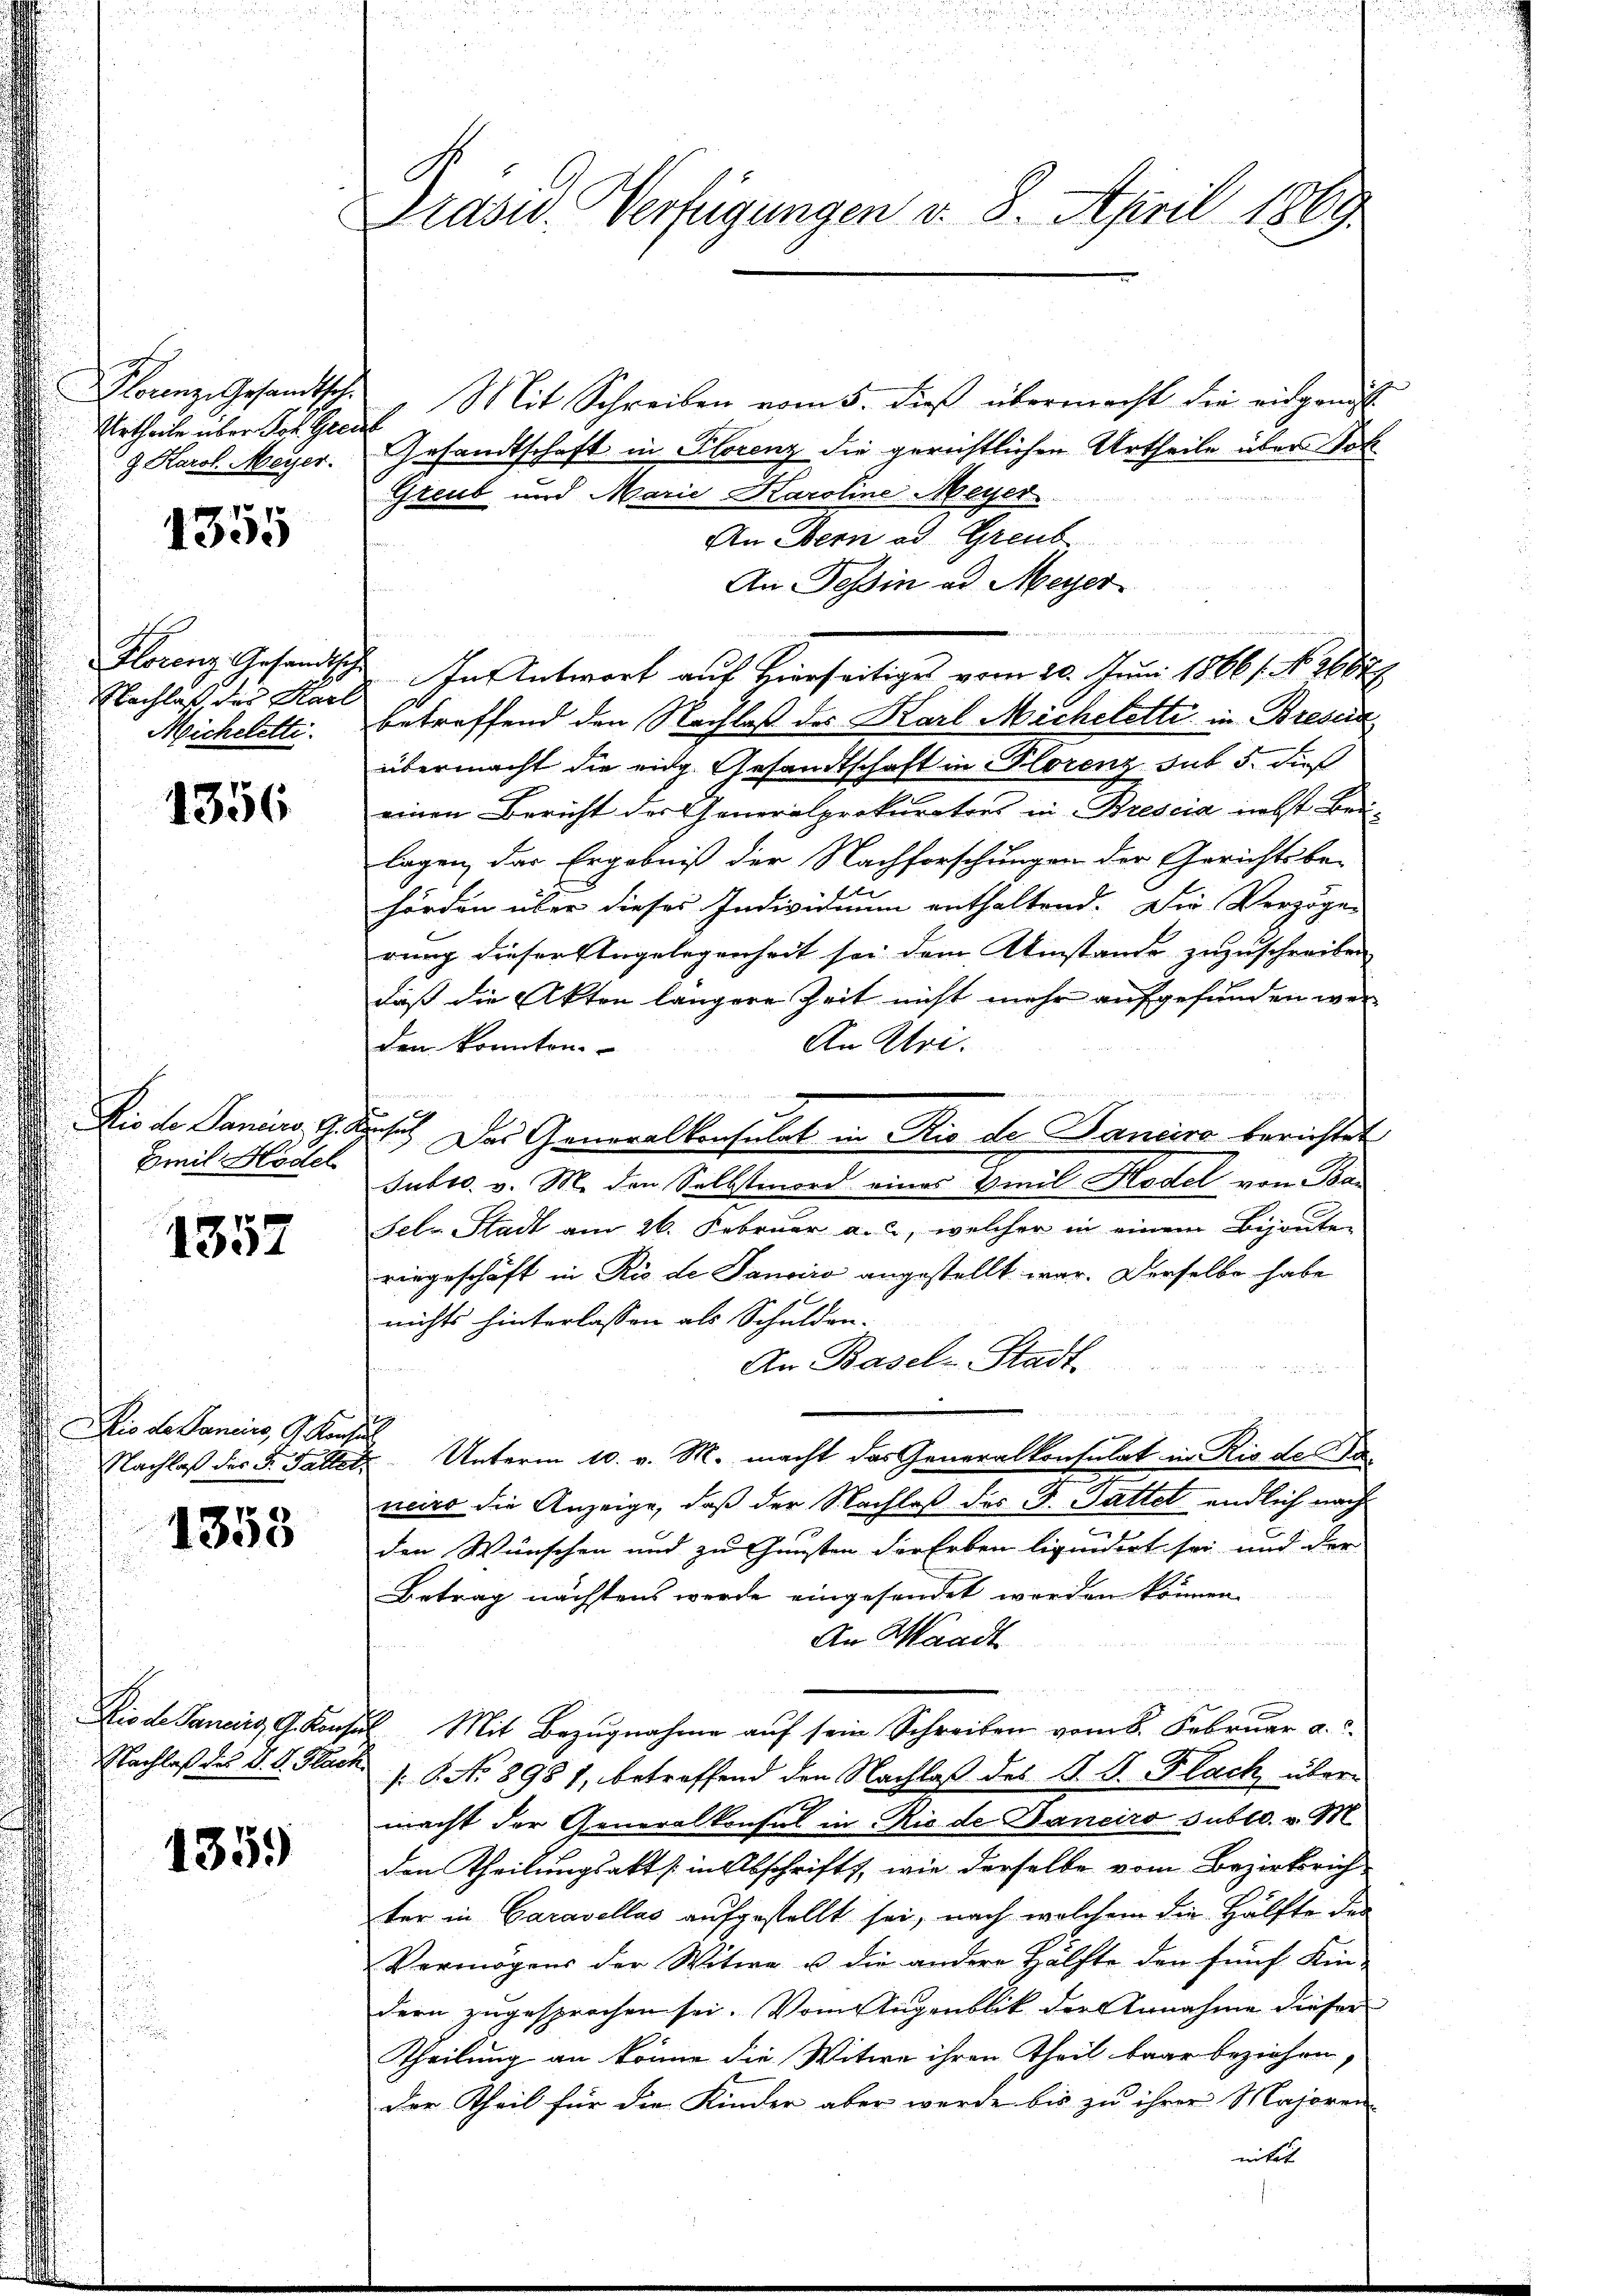
Florenz Gesandtsch.
Urtheile über Joh. Gren
J. Karol. Meyer.

10
1300

Florenz Gesandtsch
Nachlaß des Karl
Micheletti.

1356

Dis de Paniro, G. a
Emil Hodel

1357

io der Sancirs, G. Konse
Nachlaß der Dr. Faltet,

1353

Dio de Pancirg, G. Konse
Nachlaß des V. D. Flach

1359

Präsid. Verfügungen v. 8. April 1869.

Mit Schreiben vom 5. dieß übermacht die eidgenöss
Gesandtschaft in Florenz die gerichtlichen Urtheile über Soh
Greub und Marie Karoline Meyer
An Bern ad Greub
An Tessin ad Meyer
n
In Antwort auf Hierseitige vom 20. Juni 1866. No 2667/
betreffend den Nachlaß des Karl Michelette in Bressin
übermacht die eidg. Gesandtschaft in Florenz sub 5. dieß
einen Bericht der Generalprokurators in Brescia nebst Beilagen, das Ergebniß der Nachforschungen der Gerichtsbe-
f
hörden über dieses Individuum enthaltend. Die Vorzöge
rung dieser Angelegenheit sei dem Umstande zuzuschreiben
daß die Akten längere Zeit nicht mehr aufgefunden wer¬
An Uri.
den konnten.
e
sus Das Generalkonsulat in Rio de Janeiro berichtet
Subro. v. M. den Selbstmord eines Emil Hodel von Ba-
Sele Stadt am 26. Februar a. 2, welcher in einem Bijoute
ringeschäft in Rio de Janviro angestellt war. Derselbe habe
nichts hinterlassen als Schulden-
An Basel-Stadt
Unterm 10. v. M. macht das Generalkonsulat in Rio de Baneiro die Anzeige, daß der Nachlaß des F. Pattet endlich nach
den Wünschen und zu Gunsten der Erben liquidirt sei und der
Betrag nächstens werde eingesendet worden können
An Waadt
r
Mit Bezugnahme auf sein Schreiben vom 8. Februar a.
.C. No 8981, betreffend den Nachlaß des S. S. Flach übermacht der Generalkonsul in Rio de Daneiro sublo. v. M.
den Theilungsakt in Abschrift, wie derselbe vom Bezirksrichter in Caravellas aufgestellt sei, nach welchem die Hälfte der
Vermögens der Witwe u die andere Hälfte den fünf Kin-
dern zugesprochen sei. Vom Augenblik der Annahme dieser
Theilung an könne die Witwe ihren Theil baar beziehen,
der Theil für die Kinder aber werde bis zu ihrer Majoren
nität